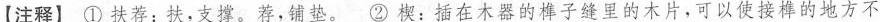
【注释】①扶荐：扶，支撑。荐，铺垫。②楔：插在木器的榫子缝里的木片，可以使接榫的地方不